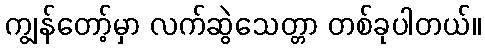
ကျွန်တော့်မှာ လက်ဆွဲသေတ္တာ တစ်ခုပါတယ်။